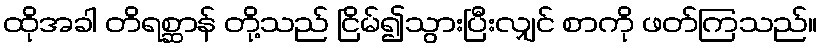
ထိုအခါ တိရစ္ဆာန် တို့သည် ငြိမ်၍သွားပြီးလျှင် စာကို ဖတ်ကြသည်။